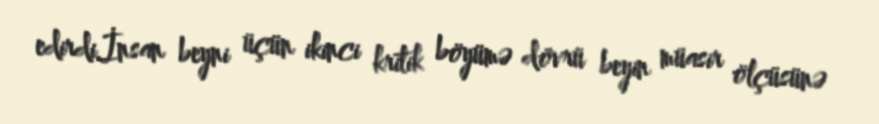
edirdi.İnsan beyni üçün ikinci kritik böyümə dövrü beyin müasir ölçüsünə